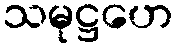
သမုဋ္ဌဟေ